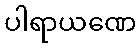
ပါရာယဏေ